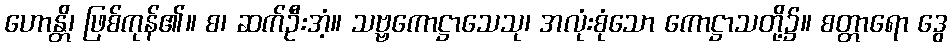
ဟောန္တိ၊ ဖြစ်ကုန်၏။ စ၊ ဆက်ဦးအံ့။ သဗ္ဗကောဋ္ဌာသေသု၊ အလုံးစုံသော ကောဋ္ဌာသတို့၌။ စတ္တာရော ဒွေ